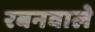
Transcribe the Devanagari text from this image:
रबनवाले